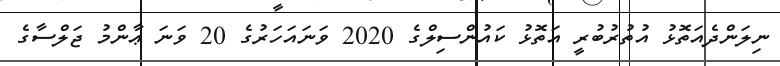
ނިލަންދެއަތޮޅު އުތުރުބުރީ އަތޮޅު ކައުންސިލްގެ 2020 ވަނައަހަރުގެ 20 ވަނަ ޢާންމު ޖަލްސާގެ